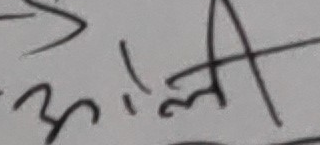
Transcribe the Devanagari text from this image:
अली